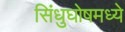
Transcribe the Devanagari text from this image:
सिंधुघोषमध्ये